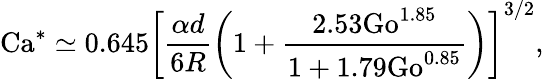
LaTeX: \mathrm{Ca}^{*}\simeq 0.645\left[\frac{\alpha d}{6R}\left(1+\frac{2.53\mathrm{Go}^{1.85}}{1+1.79\mathrm{Go}^{0.85}}\right)\right]^{3/2},